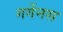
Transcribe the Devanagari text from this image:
गर्गेनस